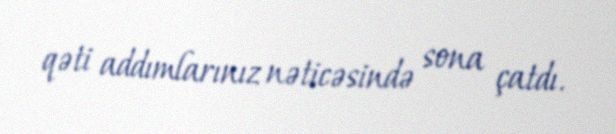
qəti addımlarınız nəticəsində sona çatdı.